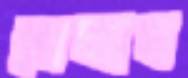
খেলাব